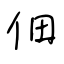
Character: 佃